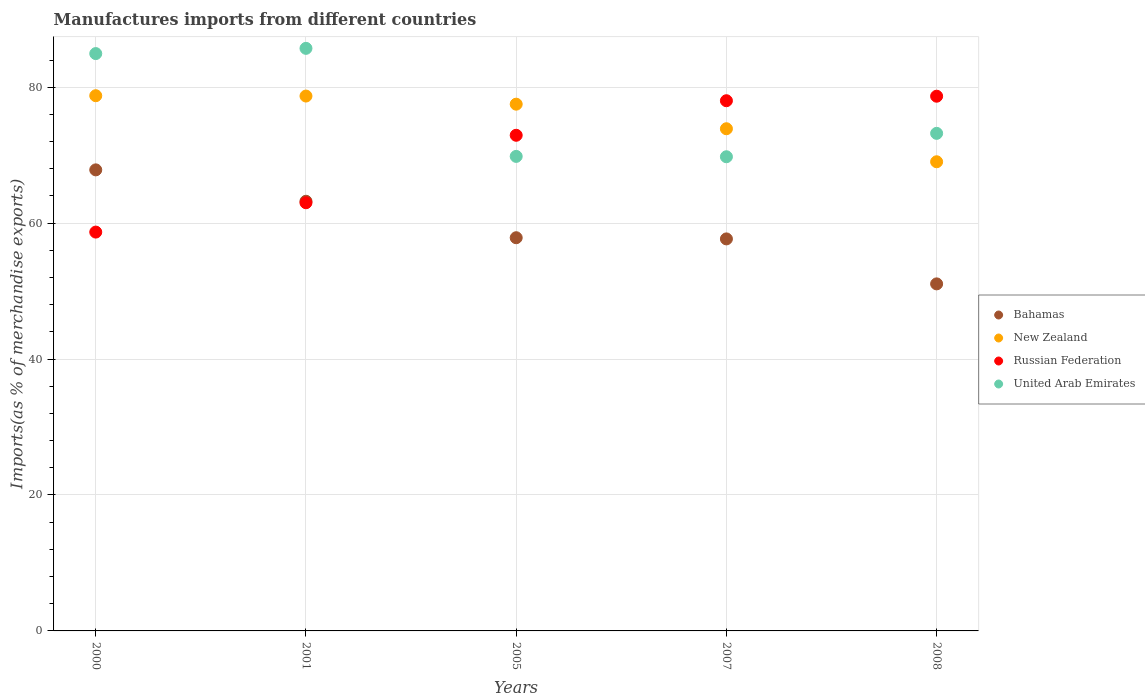
| Years | Bahamas | New Zealand | Russian Federation | United Arab Emirates |
 | --- | --- | --- | --- | --- |
 | 2000 | 67.8 | 78.7 | 58.7 | 84.9 |
 | 2001 | 63.2 | 78.7 | 63 | 85.7 |
 | 2005 | 57.9 | 77.5 | 72.9 | 69.8 |
 | 2007 | 57.7 | 73.9 | 78 | 69.8 |
 | 2008 | 51.1 | 69 | 78.7 | 73.2 |